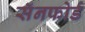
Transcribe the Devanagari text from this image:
सॅनफोर्ड